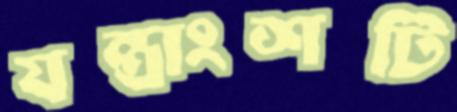
যন্ত্রাংশটি